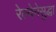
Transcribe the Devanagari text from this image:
रेल्वेनेसुद्धा